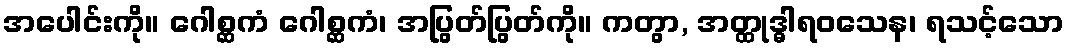
အပေါင်းကို။ ဂေါစ္ဆကံ ဂေါစ္ဆကံ၊ အပြွတ်ပြွတ်ကို။ ကတွာ, အတ္ထုဒ္ဓါရဝသေန၊ ရသင့်သော